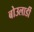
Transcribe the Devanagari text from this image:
बोउलार्डी